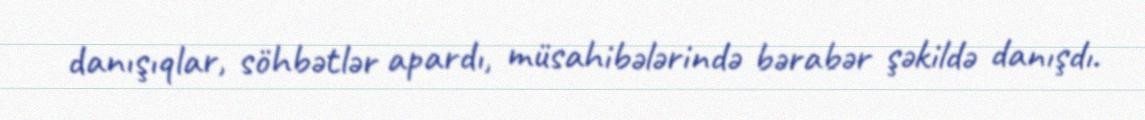
danışıqlar, söhbətlər apardı, müsahibələrində bərabər şəkildə danışdı.